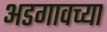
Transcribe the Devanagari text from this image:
अडगावच्या